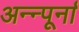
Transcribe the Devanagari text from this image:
अन्न्पूर्ना